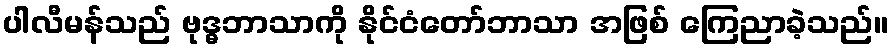
ပါလီမန်သည် ဗုဒ္ဓဘာသာကို နိုင်ငံတော်ဘာသာ အဖြစ် ကြေညာခဲ့သည်။